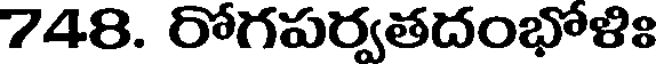
748. రోగపర్వతదంభోళిః